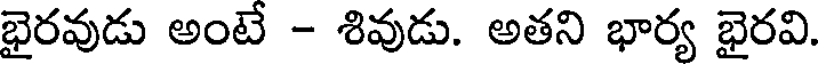
భైరవుడు అంటే - శివుడు. అతని భార్య భైరవి.